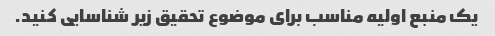
یک منبع اولیه مناسب برای موضوع تحقیق زیر شناسایی کنید.